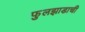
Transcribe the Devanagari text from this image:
फुलझाडाची